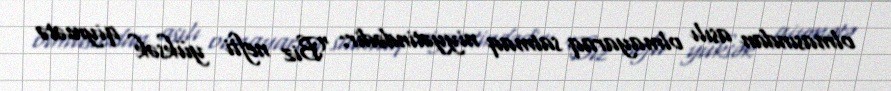
olmasından asılı olmayaraq satmaq niyyətindədir: "Biz nefti yüksək qiymətə